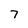
Character: 7